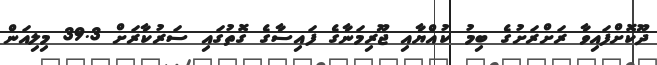
ދޫކޮށްފައިވާ ރަށްރަށުގެ ބިމު ކުއްޔާއި ޖޫރިމަނާގެ ފައިސާގެ ގޮތުގައި ސަރުކާރަށް 39.3 މިލިއަން